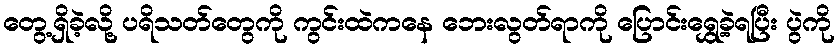
တွေ့ရှိခဲ့လို့ ပရိသတ်တွေကို ကွင်းထဲကနေ ဘေးလွတ်ရာကို ပြောင်းရွှေ့ခဲ့ရပြီး ပွဲကို